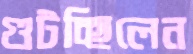
গুটচ্ছিলেন